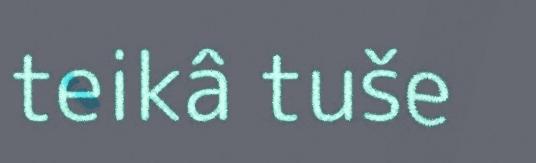
teikâ tuše